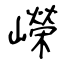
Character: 嶸